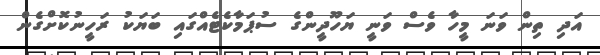
އަދި ތިން ވަނަ މީހާ ވެސް ވަނީ ޔަހޫދީންގެ ސުޕަމާކެޓެއްގައި ބަޔަކު ރަހީނުކޮށްގެން